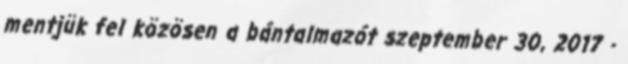
mentjük fel közösen a bántalmazót szeptember 30, 2017 -